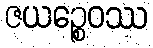
ဇယဉ္စေဝဿ